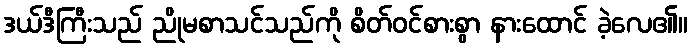
ဒယ်ဒီကြီးသည် ညိုမစာသင်သည်ကို စိတ်ဝင်စားစွာ နားထောင် ခဲ့လေ၏။